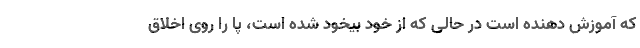
که آموزش دهنده است در حالی که از خود بیخود شده است، پا را روی اخلاق